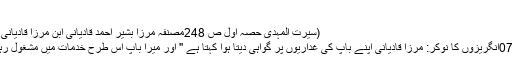
''
(سیرت المہدی حصہ اول ص 248مصنفہ مرزا بشیر احمد قادیانی ابن مرزا قادیانی )
-07انگریزوں کا نوکر: مرزا قادیانی اپنے باپ کی غداریوں پر گواہی دیتا ہوا کہتا ہے '' اور میرا باپ اس طرح خدمات میں مشغول رہا۔